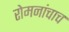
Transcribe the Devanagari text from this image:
रोमनांचाच